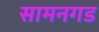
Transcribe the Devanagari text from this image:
सामनगड